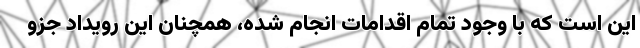
این است که با وجود تمام اقدامات انجام شده، همچنان این رویداد جزو